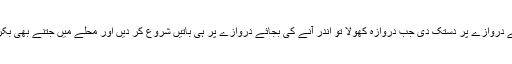
پچھلی بکرا عید کی بات ہے دونوں بچوں نے ہمارے گھر کے دروازے پر دستک دی جب دروازہ کھولا تو اندر آنے کی بجائے دروازے پر ہی باتیں شروع کر دیں اور محلے میں جتنے بھی بکرے اور گائے آئیں تھیں ان کے بارے میں بتانا شروع کر دیا۔